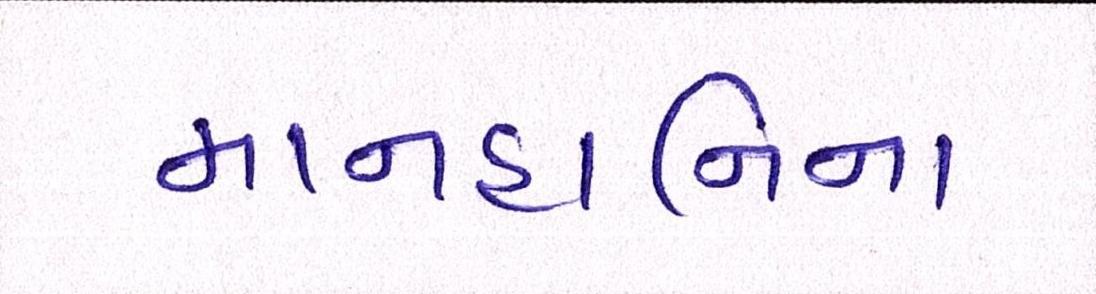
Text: માનહાનિના